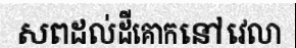
សពដល់ដីគោកនៅវេលា